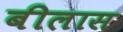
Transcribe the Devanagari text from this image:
बीलास